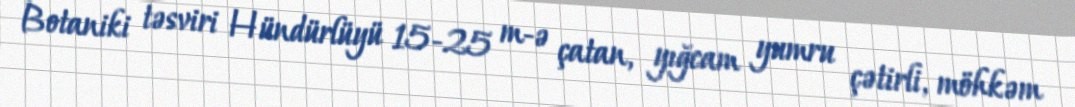
Botaniki təsviri Hündürlüyü 15-25 m-ə çatan, yığcam yumru çətirli, möhkəm